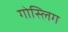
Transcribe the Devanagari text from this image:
गोस्लिग